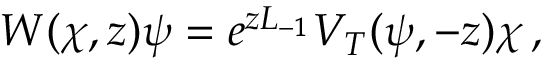
W ( \chi , z ) \psi = e ^ { z L _ { - 1 } } V _ { T } ( \psi , - z ) \chi \, ,